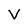
Character: V